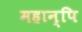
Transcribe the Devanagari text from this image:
महान्पि